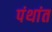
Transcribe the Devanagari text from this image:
पंथांत